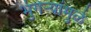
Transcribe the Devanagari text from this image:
भुंगेर्‍यांमुळे